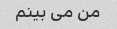
من می بینم